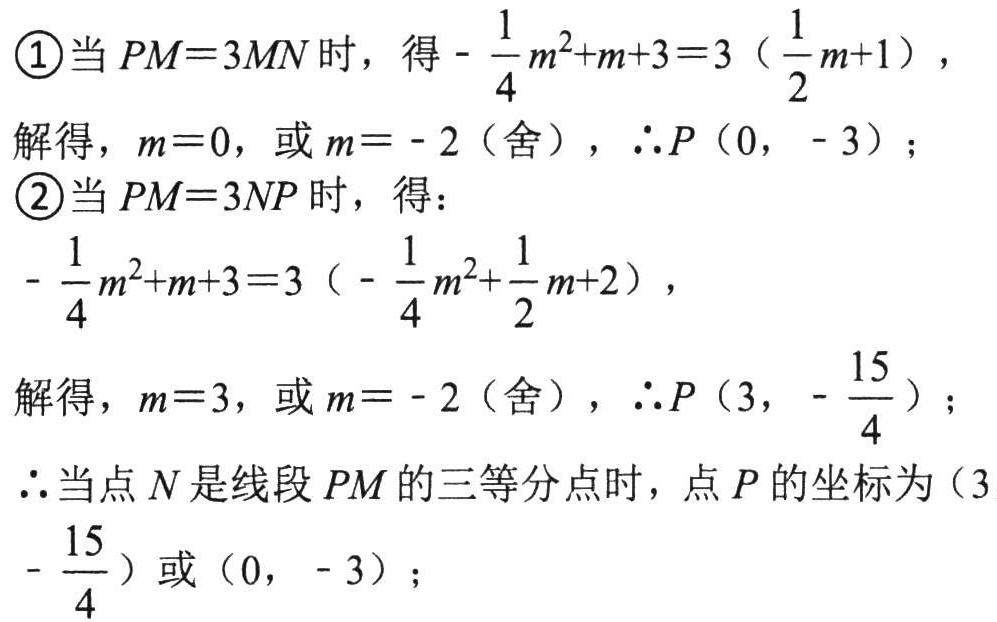
\textcircled{1}当 \(PM = 3MN\) 时，得 \(-\frac{1}{4}m^{2}+m + 3 = 3(\frac{1}{2}m + 1)\)，
解得，\(m = 0\)，或 \(m = - 2\)（舍），\(\therefore P(0, - 3)\)；
\textcircled{2}当 \(PM = 3NP\) 时，得：
\(-\frac{1}{4}m^{2}+m + 3 = 3(-\frac{1}{4}m^{2}+\frac{1}{2}m + 2)\)，
解得，\(m = 3\)，或 \(m = - 2\)（舍），\(\therefore P(3, -\frac{15}{4})\)；
\(\therefore\)当点 \(N\) 是线段 \(PM\) 的三等分点时，点 \(P\) 的坐标为 \((3,-\frac{15}{4})\) 或 \((0, - 3)\)；